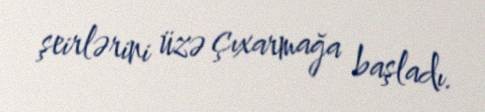
şeirlərini üzə çıxarmağa başladı.